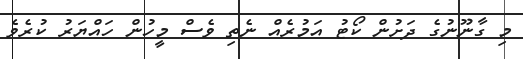
މި ގާނޫނުގެ ދަށުން ކޯޓު އަމުރެއް ނެތި ވެސް މީހުން ހައްޔަރު ކުރެވެ